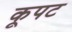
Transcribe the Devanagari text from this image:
कूपट